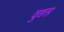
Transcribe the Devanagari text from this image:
वुडस